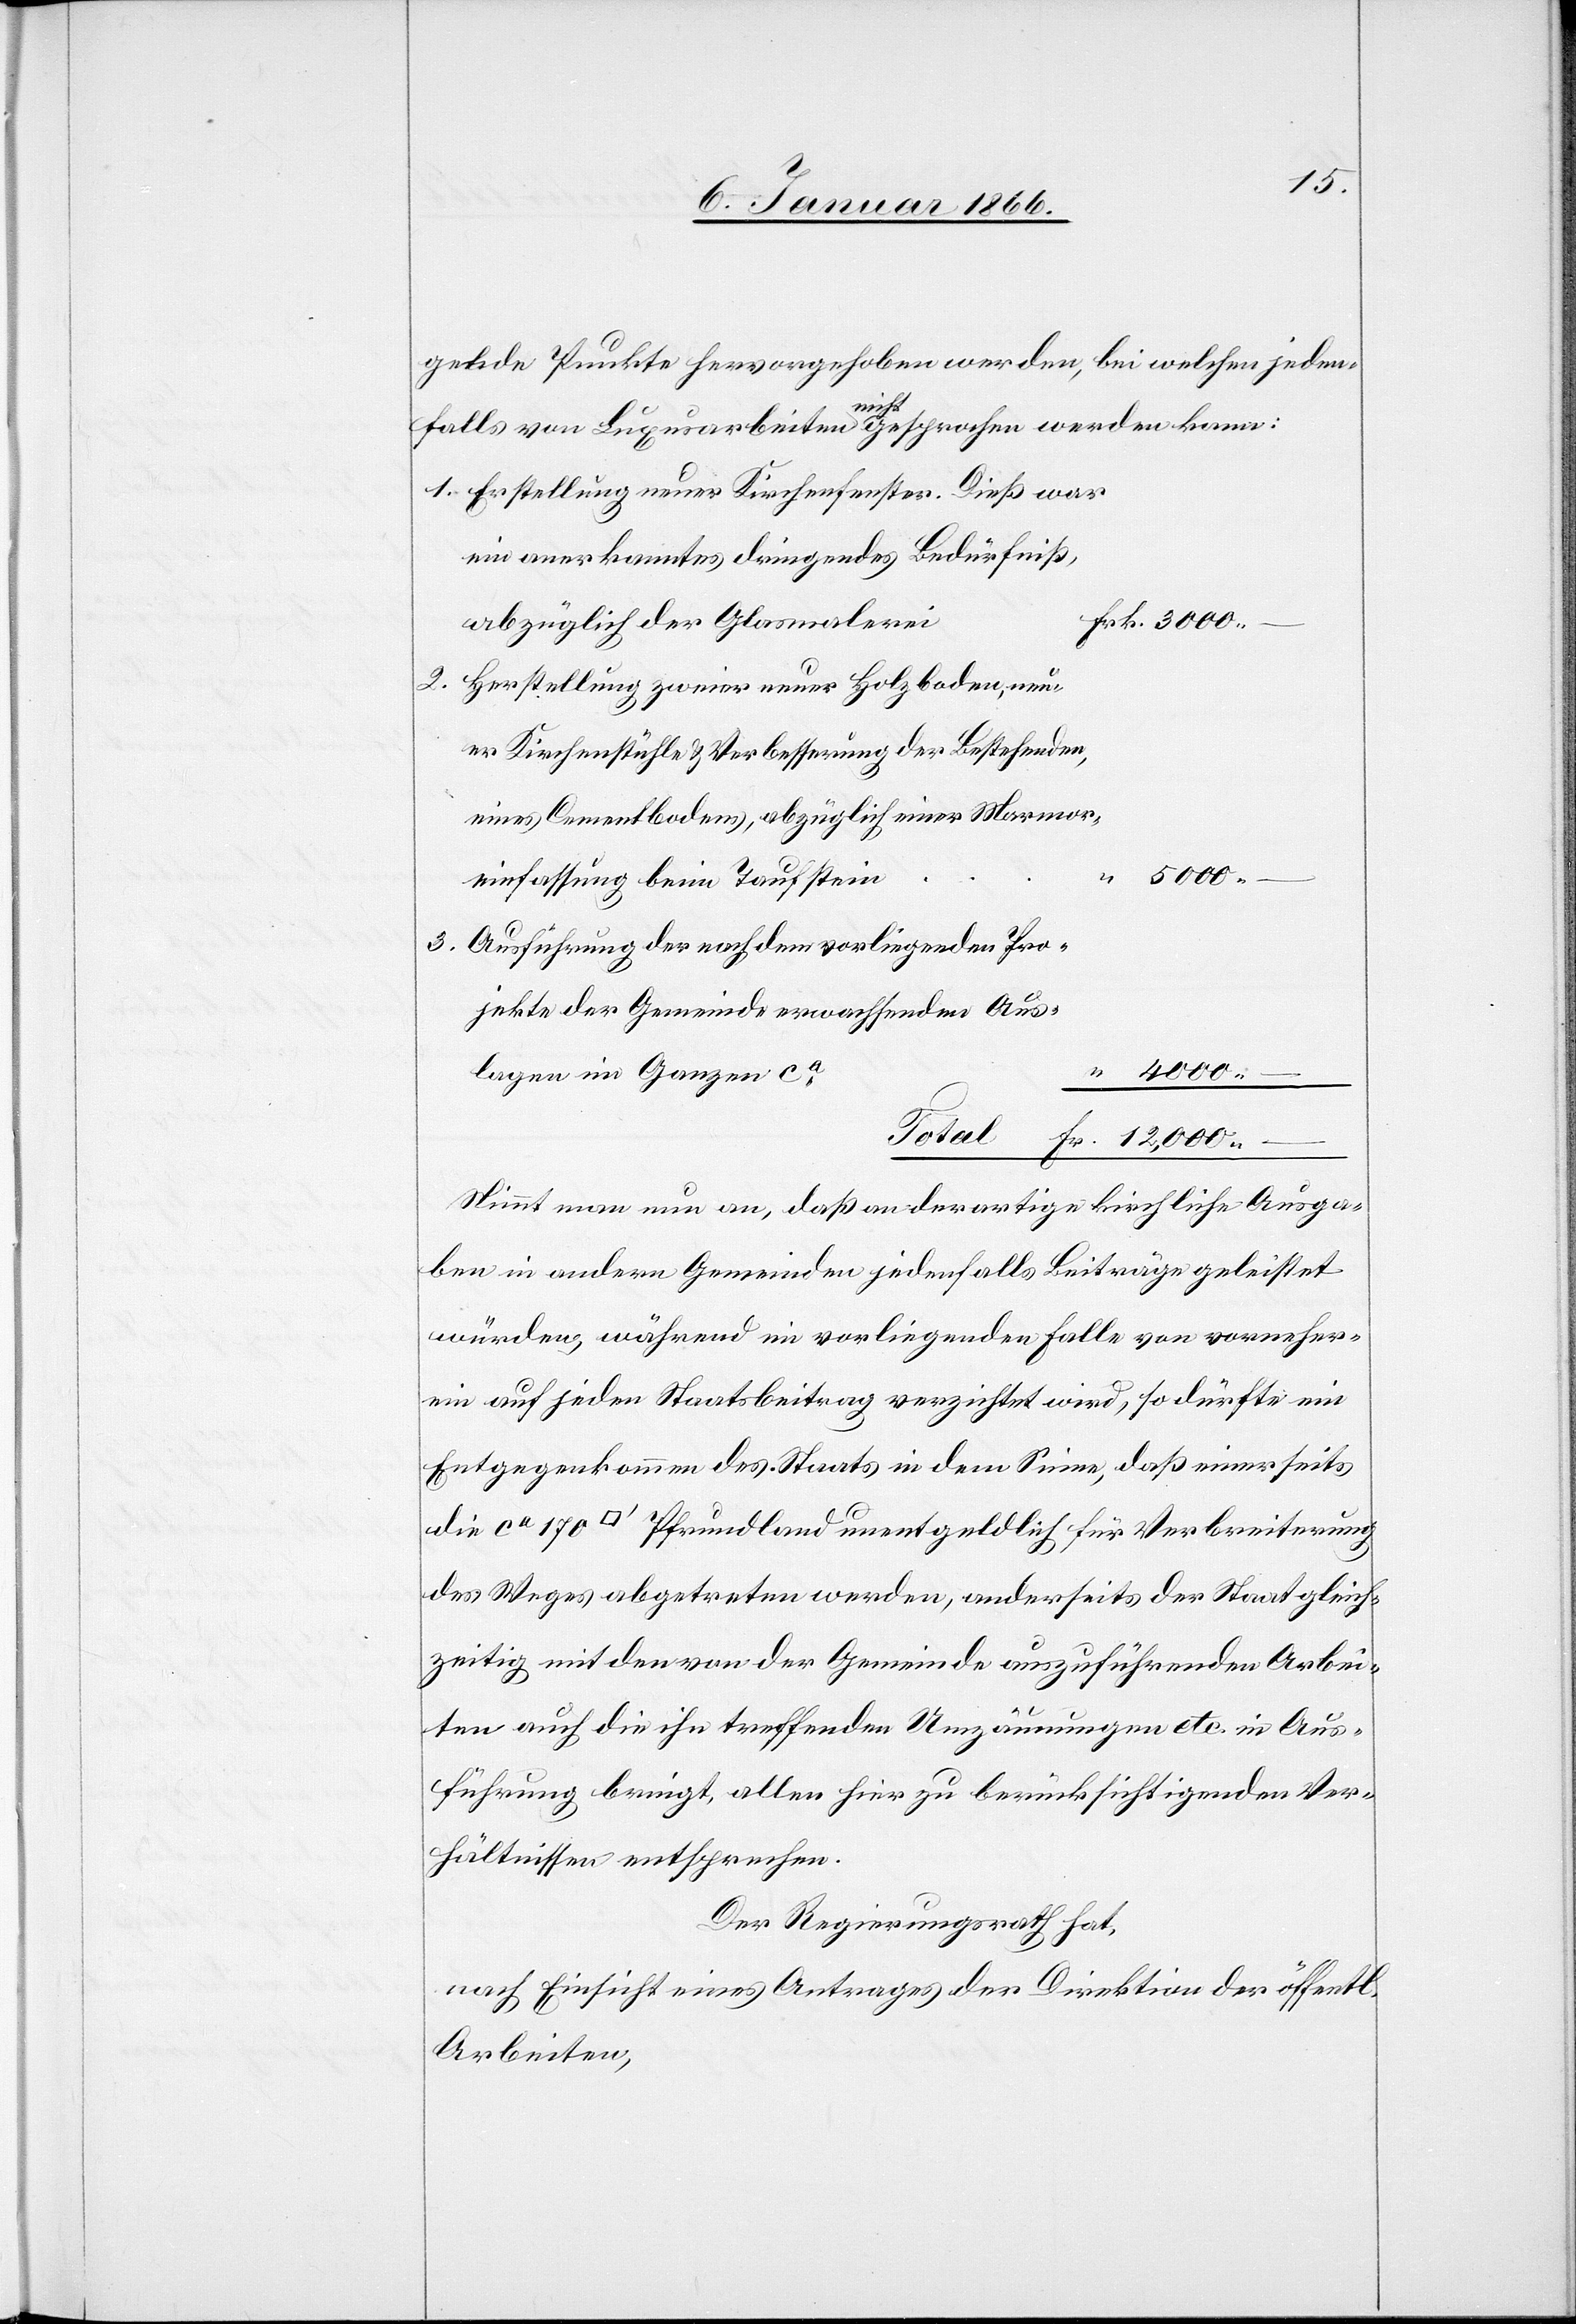
gende Punkte hervorgehoben werden, bei welchen jeden¬
erung
falls von Luxusarbeiten nicht gesprochen werden kann:
Erstellung eines Kirchenfensters. Dieß war
ein anerkanntes dringendes Bedürfniß,
Herstellung zweier neuer Holzboden, neu¬
er Kirchenstühle u. Verbesserung der Bestehenden,
eines Cementbodens, abzüglich einer Marmor¬
5000.—
einfassung beim Taufstei¬
Ausführung der nach dem vorliegenden Pro¬
jekte der Gemeinde erwachsenden Aus¬
lagen im Ganzen
Verbreit¬
Nimmt man nun an, daß an derartige kirchliche Ausga¬
ben in andern Gemeinden jedenfalls Beiträge geleistet
würden, während im vorliegenden Falle von vorneher¬
ein auf jeden Staatsbeitrag verzichtet wird, so dürfte ein
Entgegenkommen des Staates in dem Sinne, daß einerseits
des Weges abgetreten werden, anderseits der Staat gleich¬
zeitig mit den von der Gemeinde auszuführenden Arbei¬
ten auch die ihn treffenden Umzäunungen etc. in Aus¬
führung bringt, allen hier zu berücksichtigenden Ver¬
hältnissen entsprochen.
Der Regierungsrath hat,
nach Einsicht eines Antrages der Direktion der öffentl.
Arbeiten,